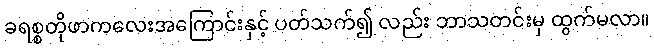
ခရစ္စတိုဖာကလေးအကြောင်းနှင့် ပတ်သက်၍ လည်း ဘာသတင်းမှ ထွက်မလာ။